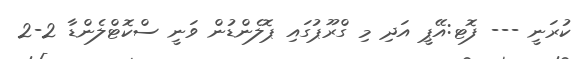
ކުރަނީ --- ފޮޓ:އޭޕީ އަދި މި ގްރޫޕުގައި ޕޮލެންޑުން ވަނީ ސްކޮޓްލެންޑާ 2-2